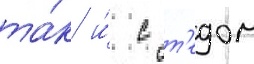
та́к и́ с т'едом